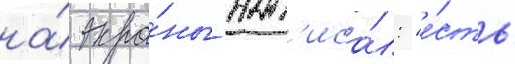
на́ экра́ны нап'иса́л: "е́сть